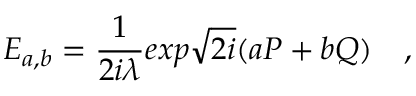
E _ { a , b } = { \frac { 1 } { 2 i \lambda } } e x p \sqrt { 2 i } ( a P + b Q ) \quad ,